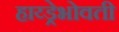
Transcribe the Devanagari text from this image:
हाय्ड्रेभोवती